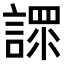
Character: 𧪟